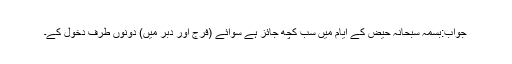
جواب:بسمہ سبحانہ حیض کے ایام میں سب کچھ جائز ہے سوائے (فرج اور دبر میں) دونوں طرف دخول کے۔